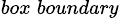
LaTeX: _{box\: boundary}